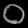
Digit: ၀